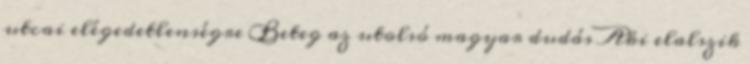
utcai elégedetlenségre Beteg az utolsó magyar dudás Aki elalszik